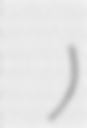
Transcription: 사랑 금지옥엽)